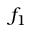
f _ { 1 }